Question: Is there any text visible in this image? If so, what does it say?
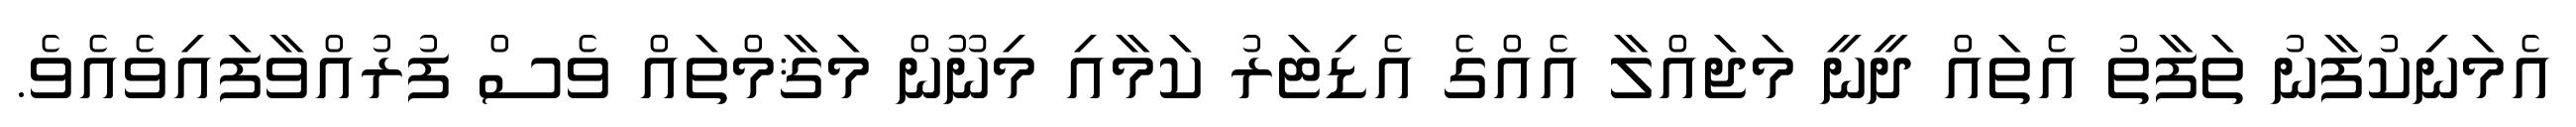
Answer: އެމަނިކުފާނު ތަފާތު އެތައް ދީނީ މަޖައްލާ އެއްގެ އެޑިޓަރު ކަމާއި މިނޫން މަޤާމްތައް ވެސް ފުރުއްވާފައިވެއެވެ.